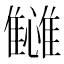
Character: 𬯴